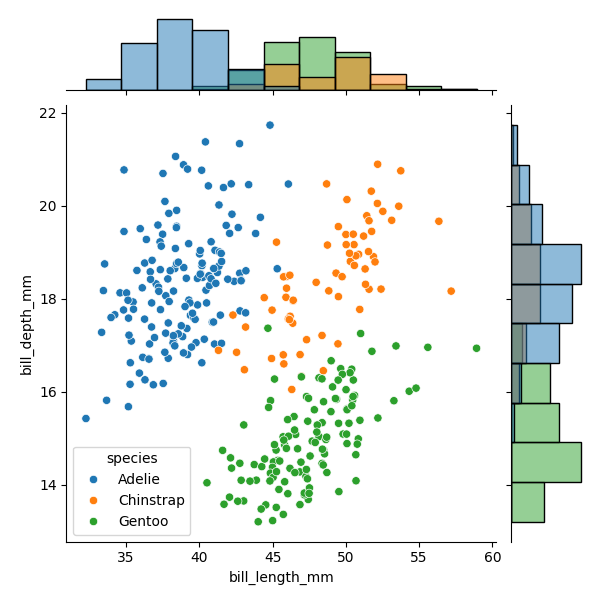
python, seaborn, JointGrid, scatterplot, histplot, hue